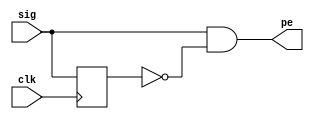
// This program was cloned from: https://github.com/tangxifan/micro_benchmark
// License: MIT License

`default_nettype none
`timescale 1ns/1ps

module pos_edge_det ( input sig,            // Input signal for which positive edge has to be detected
                      input clk,            // Input signal for clock
                      output pe);           // Output signal that gives a pulse when a positive edge occurs
 
    reg   sig_dly;                          // Internal signal to store the delayed version of signal
 
    // This always block ensures that sig_dly is exactly 1 clock behind sig
  always @ (posedge clk) begin
    sig_dly <= sig;
  end
 
    // Combinational logic where sig is AND with delayed, inverted version of sig
    // Assign statement assigns the evaluated expression in the RHS to the internal net pe
  assign pe = sig & ~sig_dly;            
endmodule